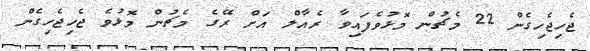
ޖެހިޖެހިގެން 22 މެޗުން މޮޅުވެފައިވާ ރެއާލް އަށް ރޭގެ މެޗުން މޮޅުވެ ޖެހިޖެހިގެން